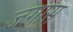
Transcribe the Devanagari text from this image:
जगास